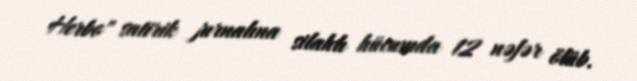
Herbo" satirik jurnalına silahlı hücumda 12 nəfər ölüb.